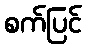
စက်ပြင်